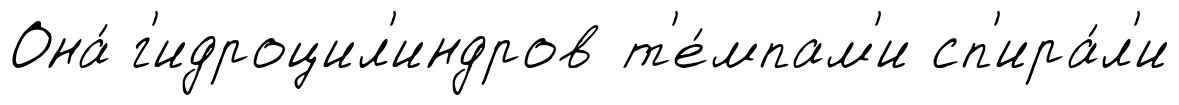
Она́ г'идроцил'индров т'е́мпам'и сп'ира́л'и